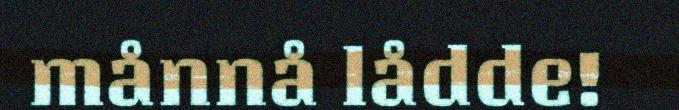
månnå lådde!